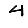
Digit: 4